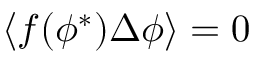
\langle f ( \phi ^ { * } ) { \Delta \phi } \rangle = 0